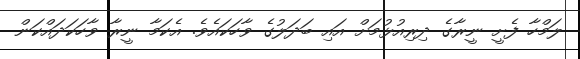
ލަމްހާ ފެށީ ނީރާގެ ދިރިއުޅުމަށް އައި ބަދަލުގެ ވާހަކައެވެ. އެކަމާ ނީރާ ވާހަކަދައްކަން